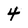
Character: 4